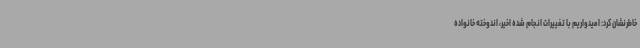
خاطرنشان کرد: امیدواریم با تغییرات انجام شده اخیر، اندوخته خانواده